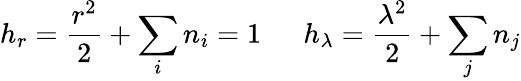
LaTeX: h_{r}=\frac{r^{2}}{2}+\sum_{i}n_{i}=1~~~~~~h_{\lambda}=\frac{\lambda^{2}}{2}+\sum_{j}n_{j}